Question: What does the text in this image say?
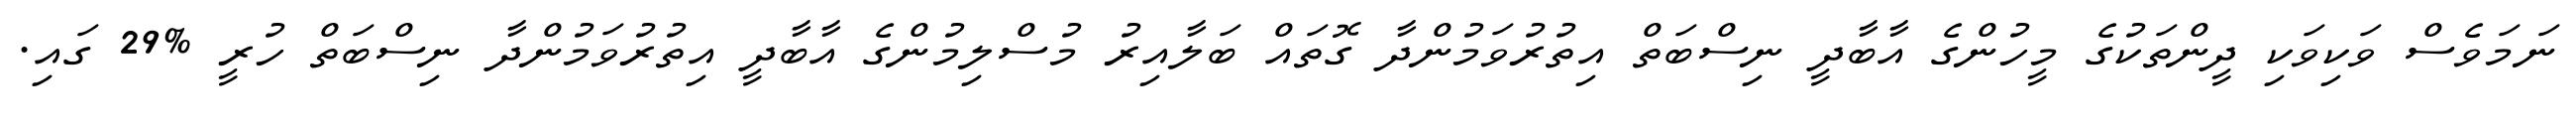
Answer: ނަމަވެސް ވަކިވަކި ދީންތަކުގެ މީހުންގެ އާބާދީ ނިސްބަތް އިތުރުވަމުންދާ ގޮތައް ބަލާއިރު މުސްލިމުންގެ އާބާދީ އިތުރުވަމުންދާ ނިސްބަތް ހުރީ %29 ގައި.